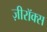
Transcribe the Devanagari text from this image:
ज़ीरॉक्स